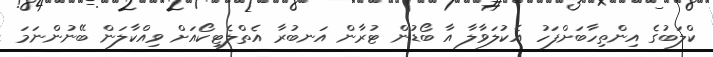
ކްލަބުގެ އިންތިހާބަށްފަހު އެކުލަވާލާ އާ ބޯޑުން ޓުރާން އަނބުރާ އެތްލެޓިކޯއަށް ވިއްކާލަން ބޭނުންނަމަ